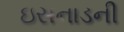
ઇસનાડની